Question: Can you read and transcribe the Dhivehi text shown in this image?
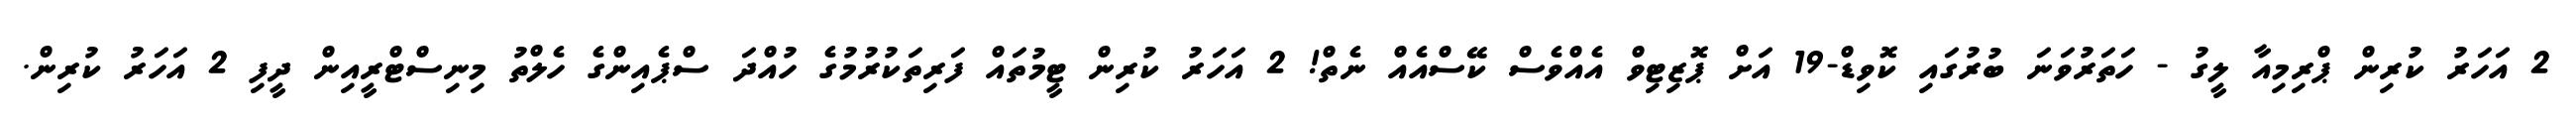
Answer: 2 އަހަރު ކުރިން ޕްރިމިއާ ލީގު - ހަތަރުވަނަ ބުރުގައި ކޮވިޑް-19 އަށް ޕޮޒިޓިވް އެއްވެސް ކޭސްއެއް ނެތް! 2 އަހަރު ކުރިން ޓީމުތައް ފަރިތަކުރުމުގެ ހުއްދަ ސްޕެއިންގެ ހެލްތު މިނިސްޓްރީއިން ދީފި 2 އަހަރު ކުރިން.